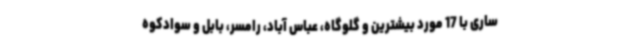
ساری با 17 مورد بیشترین و گلوگاه، عباس آباد، رامسر، بابل و سوادکوه